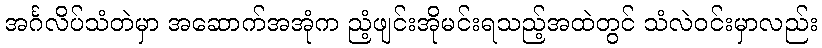
အင်္ဂလိပ်သံတဲမှာ အဆောက်အအုံက ညံ့ဖျင်းအိုမင်းရသည့်အထဲတွင် သံလဲဝင်းမှာလည်း